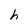
Character: h